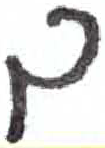
אות: ך